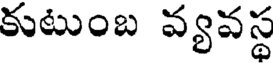
కుటుంబ వ్యవస్థ